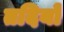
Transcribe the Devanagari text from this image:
तदियों